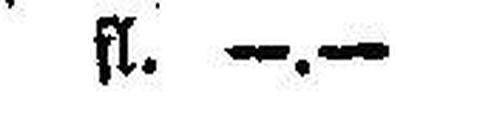
fl. —.—